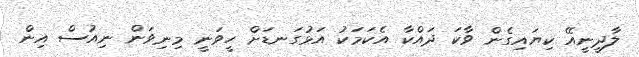
ލާދީނީއޭ ކިޔައިގެން ވާކަ ދައްކާ އެކަމަކު އަޅުގަނޑަށް ހީވަނީ މިނިވަން ނިއުސް އިން